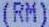
(RM)